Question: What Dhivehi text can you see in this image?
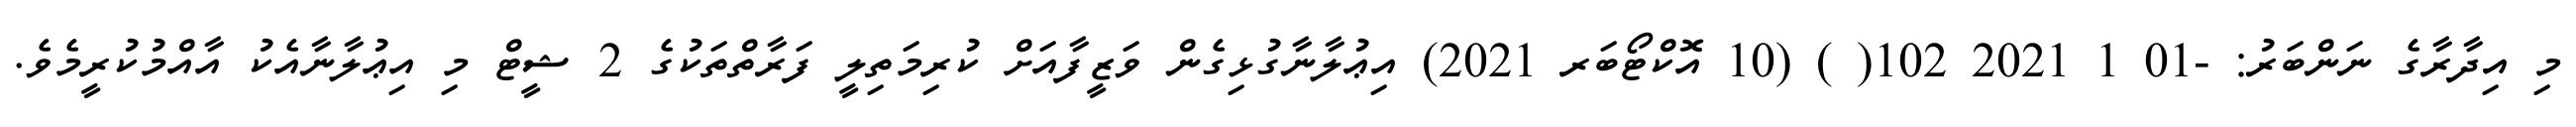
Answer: މި އިދާރާގެ ނަންބަރު: -01 1 2021 102( ) (10 އޮކްޓޯބަރ 2021) އިޢުލާނާގުޅިގެން ވަޒީފާއަށް ކުރިމަތިލީ ފަރާތްތަކުގެ 2 ޝީޓް މި އިޢުލާނާއެކު އާއްމުކުރީމެވެ.